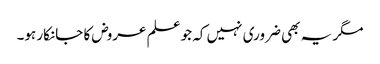
مگر یہ بھی ضروری نہیں کہ جو علم عروض کا جانکار ہو۔